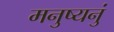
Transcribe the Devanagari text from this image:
मनुष्यनुं